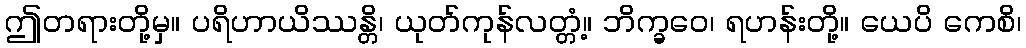
ဤတရားတို့မှ။ ပရိဟာယိဿန္တိ၊ ယုတ်ကုန်လတ္တံ့။ ဘိက္ခဝေ၊ ရဟန်းတို့။ ယေပိ ကေစိ၊